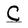
Character: C